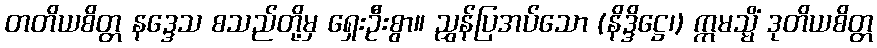
တတိယစိတ္တ နဒ္ဒေသ စသည်တို့မှ ရှေးဦးစွာ။ ညွှန်ပြအပ်သော (နိဒ္ဒိဋ္ဌေ၊) ဣမသ္မိံ ဒုတိယစိတ္တ